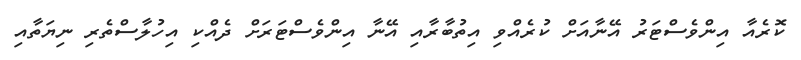
ކޮރެއާ އިންވެސްޓަރު އޭނާއަށް ކުރެއްވި އިތުބާރާއި އޭނާ އިންވެސްޓަރަށް ދެއްކިި އިހުލާސްތެރި ނިޔަތާއި